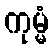
ကုမ္မံ